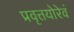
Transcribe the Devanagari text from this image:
प्रवृत्तयोरेवं